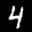
Label: 4